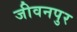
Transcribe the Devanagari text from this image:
जीवनपुर